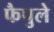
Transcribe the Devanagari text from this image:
फैपुले